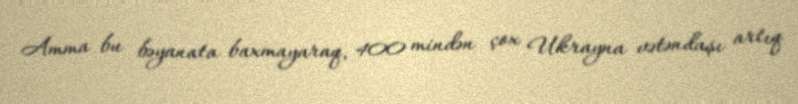
Amma bu bəyanata baxmayaraq, 400 mindən çox Ukrayna vətəndaşı artıq